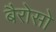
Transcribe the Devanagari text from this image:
बैरोसो